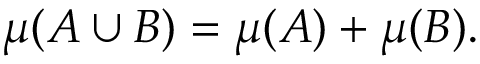
\mu ( A \cup B ) = \mu ( A ) + \mu ( B ) .